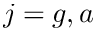
j = g , a